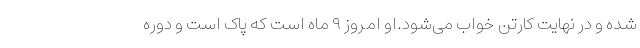
شده و در نهایت کارتن خواب می‌شود.او امروز ۹ ماه است که پاک است و دوره